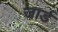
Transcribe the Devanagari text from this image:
जार्ड